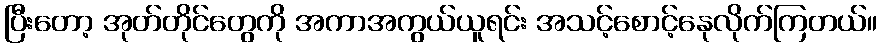
ပြီးတော့ အုတ်တိုင်တွေကို အကာအကွယ်ယူရင်း အသင့်စောင့်နေုလိုက်ကြတယ်။